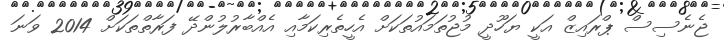
ޖެނެސިސް ޕްރައިޒް އަކީ ޔަހޫދީ މުޖުތަމައުތަކަށް އެހީތެރިކަމާއި އެއްބާރުލުންދޭ ފަރާތްތަކަށް 2014 ވަނަ